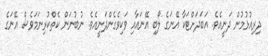
ދިރިއުޅުމުން ދަނީއެވެ. އަބަދަށްޓަކާ އޭނަގެ ލޯބި އޭނައާއި ވަކިވެގެންދަނީއެވެ. ނުބުނަން ކެތްކުރިނަމަވެސް އޭނަގެ